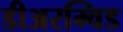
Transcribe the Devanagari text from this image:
डीअरम्विड